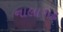
નાલાગઢ